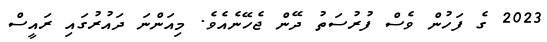
2023 ގެ ފަހުން ވެސް ފުރުސަތު ދޭން ޖެހޭނެއެވެ. މިއަންނަ ދައުރުގައި ރައީސް